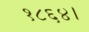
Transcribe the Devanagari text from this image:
१८६४।